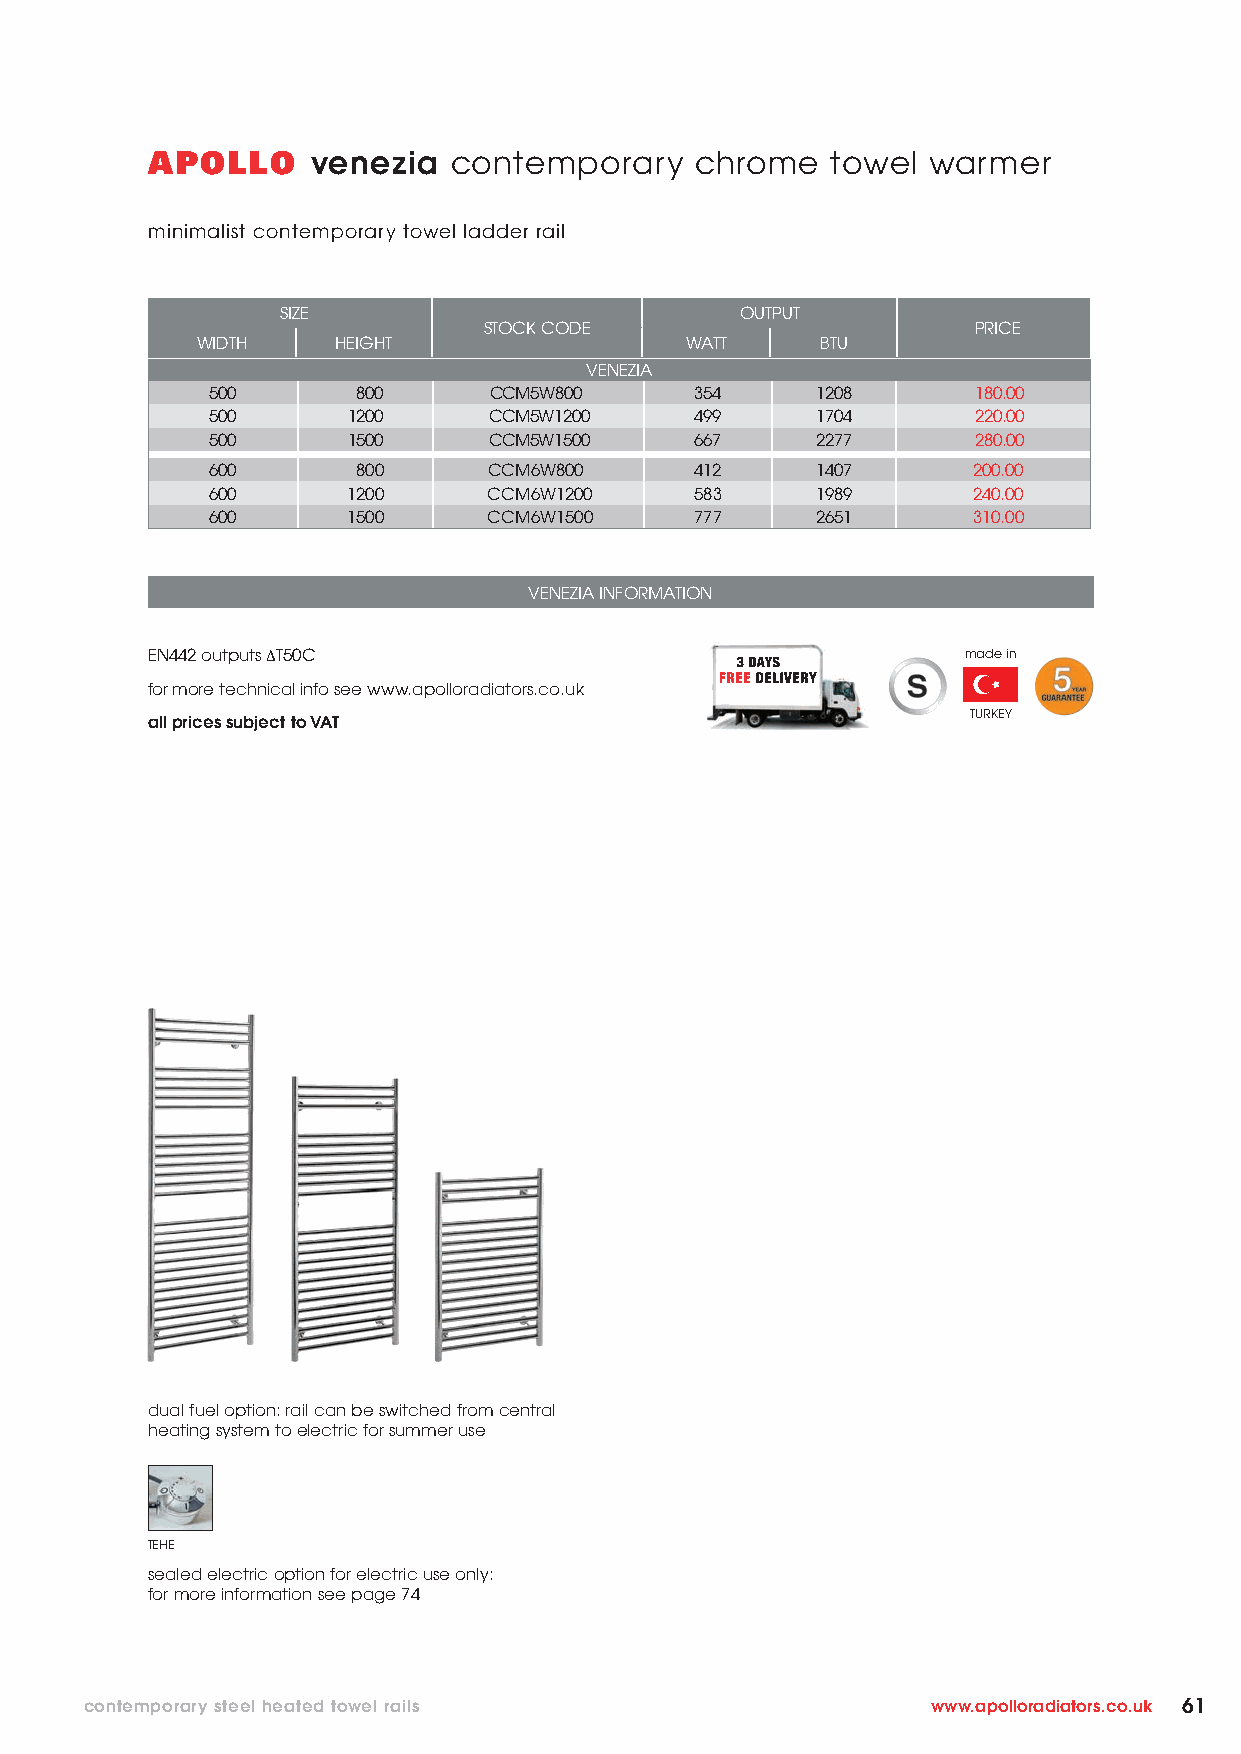
APOLLO     venezia  contemporary    chrome   towel  warmer
 minimalist contemporary towel ladder rail
 SIZE                          OUTPUT
 STOCK CODE                       PRICE
 WIDTH    HEIGHT                 WATT     BTU
 VENEZIA
 500       800     CCM5W800      354     1208       180.00
 500      1200     CCM5W1200     499     1704       220.00
 500      1500     CCM5W1500     667     2277       280.00
 600       800     CCM6W800      412     1407      200.00
 600      1200     CCM6W1200     583     1989      240.00
 600      1500     CCM6W1500     777     2651      310.00
 VENEZIA INFORMATION
 EN442 outputs ΔT50C                                   made in
 for more technical info see www.apolloradiators.co.uk
 TURKEY
 all prices subject to VAT
 dual fuel option: rail can be switched from central
 heating system to electric for summer use
 TEHE
 sealed electric option for electric use only:
 for more information see page 74
 contemporary steel heated towel rails                   www.apolloradiators.co.uk 61